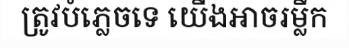
ត្រូវបំភ្លេចទេ យើងអាចរម្លឹក